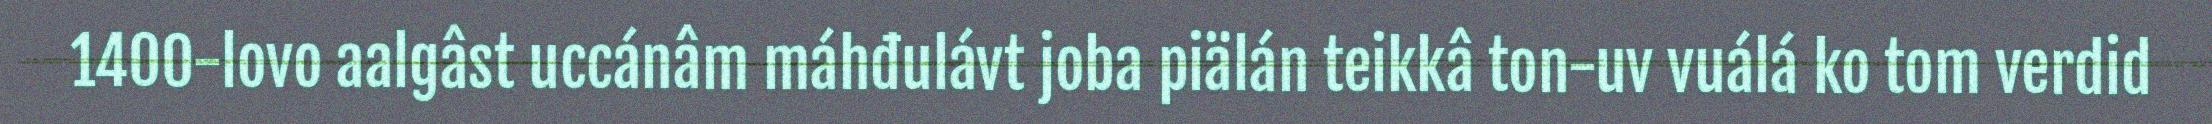
1400-lovo aalgâst uccánâm máhđulávt joba piälán teikkâ ton-uv vuálá ko tom verdid